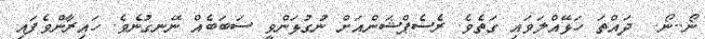
ނޯ..ނޯ.  ދައްތަ ހަޅޭއްލަވައި ގަތެވެ. ރެސެޕްޝަންއަށް ނުގުޅަންވީ ސަބަބެއް ނޭނގުނެވެ. ހައިރާންވެފައި